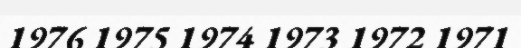
1976 1975 1974 1973 1972 1971